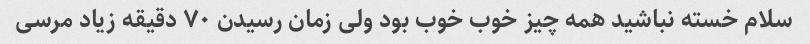
سلام خسته نباشید همه چیز خوب خوب بود ولی زمان رسیدن ۷۰ دقیقه زیاد مرسی